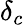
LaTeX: \delta_{c}